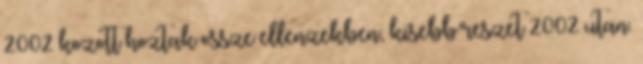
2002 kozott hoztak ossze ellenzekben, kisebb reszet 2002 utan.